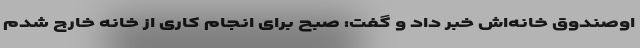
اوصندوق خانه‌اش خبر داد و گفت: صبح برای انجام کاری از خانه خارج شدم